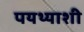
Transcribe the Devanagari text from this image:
पयथ्याशी